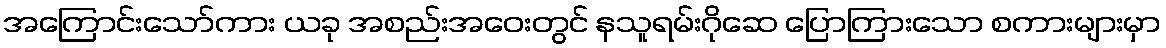
အကြောင်းသော်ကား ယခု အစည်းအဝေးတွင် နသူရမ်းဂိုဆေ ပြောကြားသော စကားများမှာ